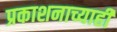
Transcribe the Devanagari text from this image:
प्रकाशनाच्याही